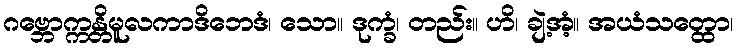
ဂဗ္ဘောက္ကန္တိမူလကာဒိဘေဒံ၊ သော။ ဒုက္ခံ၊ တည်း။ ဟိ၊ ချဲ့အံ့။ အယံသတ္ထော၊